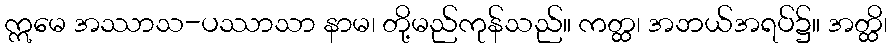
ဣမေ အဿာသ-ပဿာသာ နာမ၊ တို့မည်ကုန်သည်။ ကတ္ထ၊ အဘယ်အရပ်၌။ အတ္ထိ၊